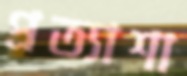
প্রত্যাশা